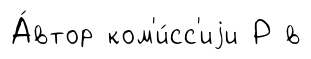
А́втор ком'и́сс'иjи Р в